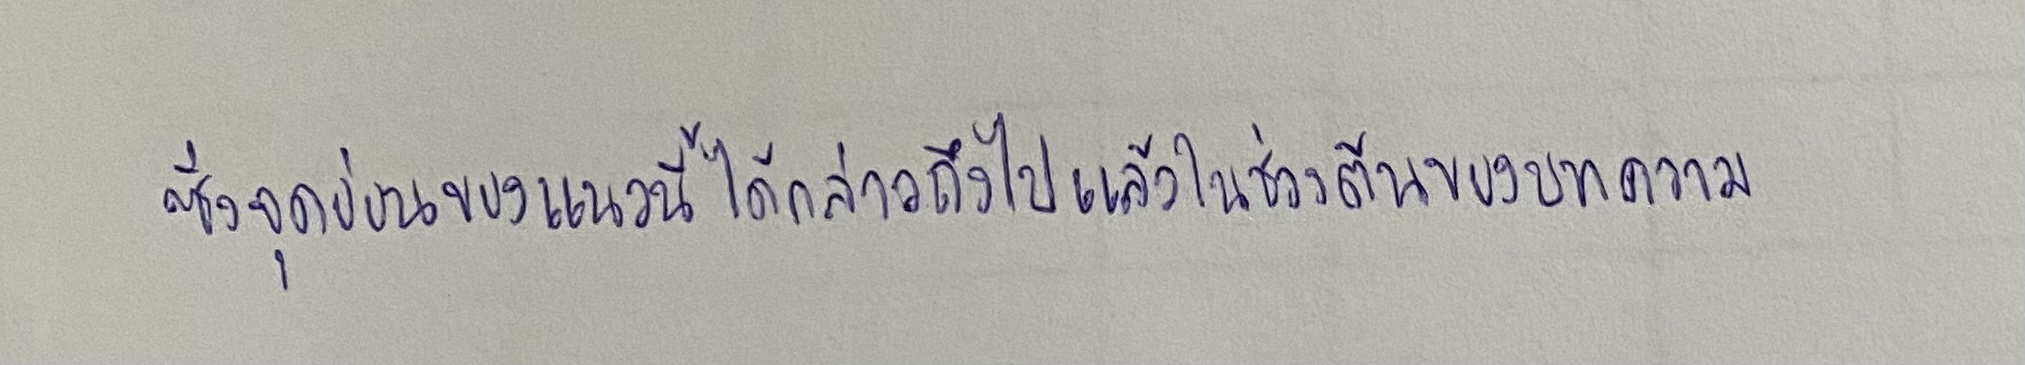
ซึ่งจุดอ่อนของแนวนี้ได้กล่าวถึงไปแล้วในช่วงต้นของบทความ